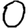
Digit: 0